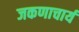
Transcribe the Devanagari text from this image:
जकणाचार्य